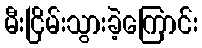
မီးငြိမ်းသွားခဲ့ကြောင်း